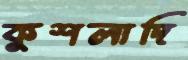
কুশলাদি